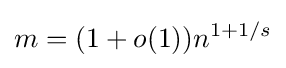
m=(1+o(1))n^{1+1/s}